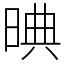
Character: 晪